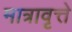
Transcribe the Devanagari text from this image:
मात्रावृत्ते